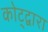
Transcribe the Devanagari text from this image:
कोट्द्वारा